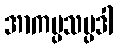
အာကပ္ပသမ္ပဒါ